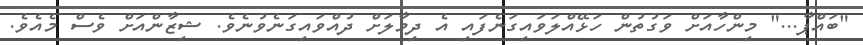
"ބައްޕާ..." މިންހާއަށް ވަގުތުން ހަޅޭއްލަވައިގަނެފައި އެ ދިމާލަށް ދުއްވައިގަނެވުނެވެ. ޝިޒާންއަށް ވެސް މެއެވެ.